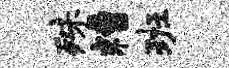
殊糟班